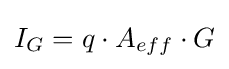
{\textstyle I_{G}=q\cdot A_{eff}\cdot G}